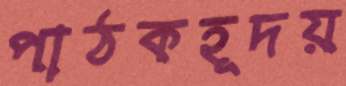
পাঠকহূদয়